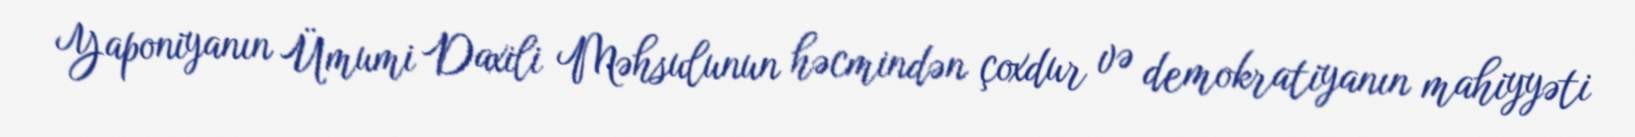
Yaponiyanın Ümumi Daxili Məhsulunun həcmindən çoxdur və demokratiyanın mahiyyəti